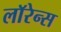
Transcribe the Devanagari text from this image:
लाॅरेन्स